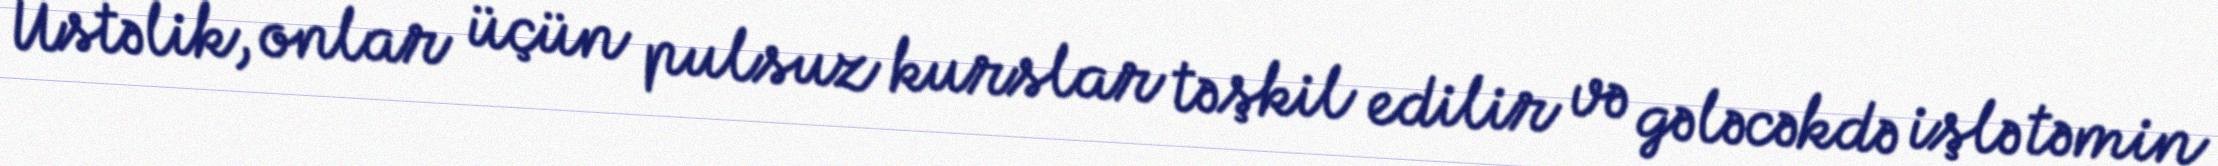
Üstəlik, onlar üçün pulsuz kurslar təşkil edilir və gələcəkdə işlə təmin